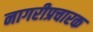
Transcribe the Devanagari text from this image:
नागरीप्रचारक